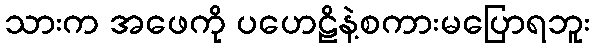
သားက အဖေကို ပဟေဠိနဲ့စကားမပြောရဘူး